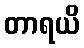
တာရယိ